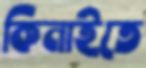
কিনাইতে